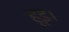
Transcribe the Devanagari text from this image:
हूइ।